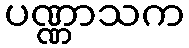
ပဏ္ဏာသက